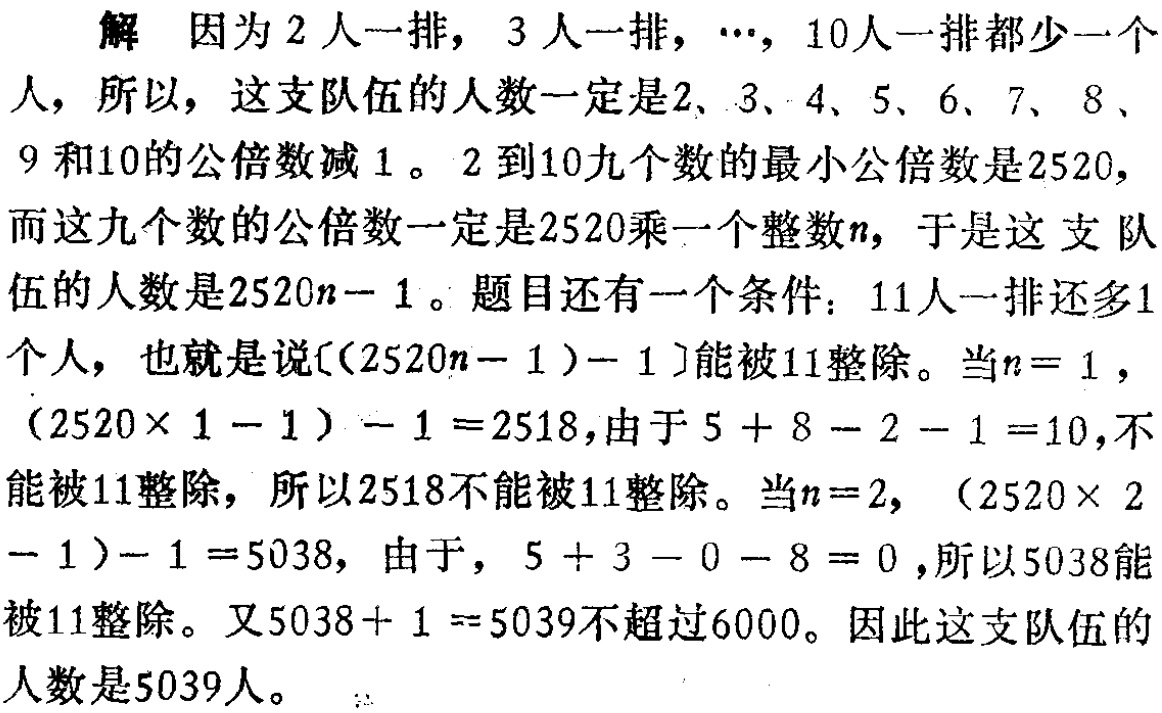
解 因为 \(2\) 人一排，\(3\) 人一排，\(\cdots\)，\(10\) 人一排都少一个人，所以，这支队伍的人数一定是 \(2\)、\(3\)、\(4\)、\(5\)、\(6\)、\(7\)、\(8\)、\(9\) 和 \(10\) 的公倍数减 \(1\)。\(2\) 到 \(10\) 九个数的最小公倍数是 \(2520\)，而这九个数的公倍数一定是 \(2520\) 乘一个整数 \(n\)，于是这支队伍的人数是 \(2520n - 1\)。题目还有一个条件：\(11\) 人一排还多 \(1\) 个人，也就是说\(((2520n - 1)-1)\)能被 \(11\) 整除。当 \(n = 1\)，\((2520\times 1 - 1)-1 = 2518\)，由于 \(5 + 8 - 2 - 1 = 10\)，不能被 \(11\) 整除，所以 \(2518\) 不能被 \(11\) 整除。当 \(n = 2\)，\((2520\times 2 - 1)-1 = 5038\)，由于，\(5 + 3 - 0 - 8 = 0\)，所以 \(5038\) 能被 \(11\) 整除。又 \(5038 + 1 = 5039\) 不超过 \(6000\)。因此这支队伍的人数是 \(5039\) 人。